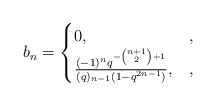
\begin{align*} b_n = \begin{cases}0, &,\\\frac{(-1)^nq^{-\binom{n+1}{2}+1}}{(q)_{n-1}(1-q^{2n-1})}, &,\end{cases}\end{align*}